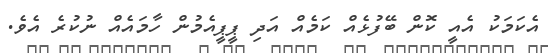
އެކަމަކު އެއީ ކޮން ބޭފުޅެއް ކަމެއް އަދި ޕީޕީއެމުން ހާމައެއް ނުކުރެ އެވެ.